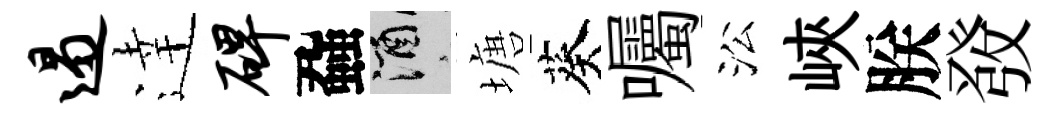
遏逹碑蝨酒塘葵囑㳂峽朕𤼲